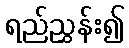
ရည်ညွှန်း၍